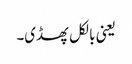
یعنی بالکل پھسڈی۔